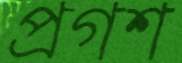
প্রগশ